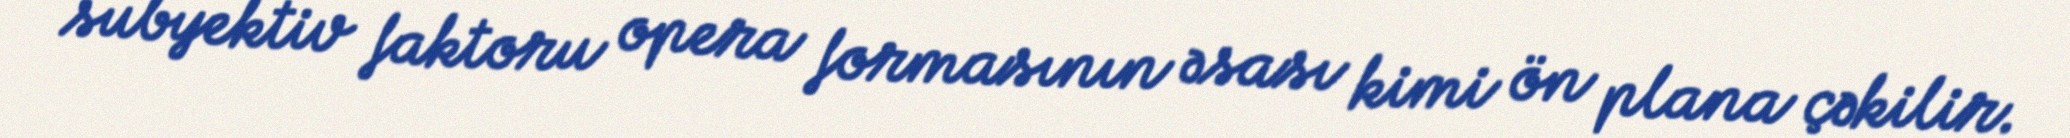
subyektiv faktoru opera formasının əsası kimi ön plana çəkilir.